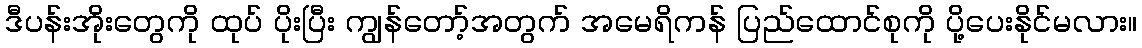
ဒီပန်းအိုးတွေကို ထုပ် ပိုးပြီး ကျွန်တော့်အတွက် အမေရိကန် ပြည်ထောင်စုကို ပို့ပေးနိုင်မလား။